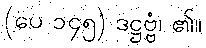
(ပေ ၁၄၅) ဒဋ္ဌဗ္ဗံ၊ ၏။